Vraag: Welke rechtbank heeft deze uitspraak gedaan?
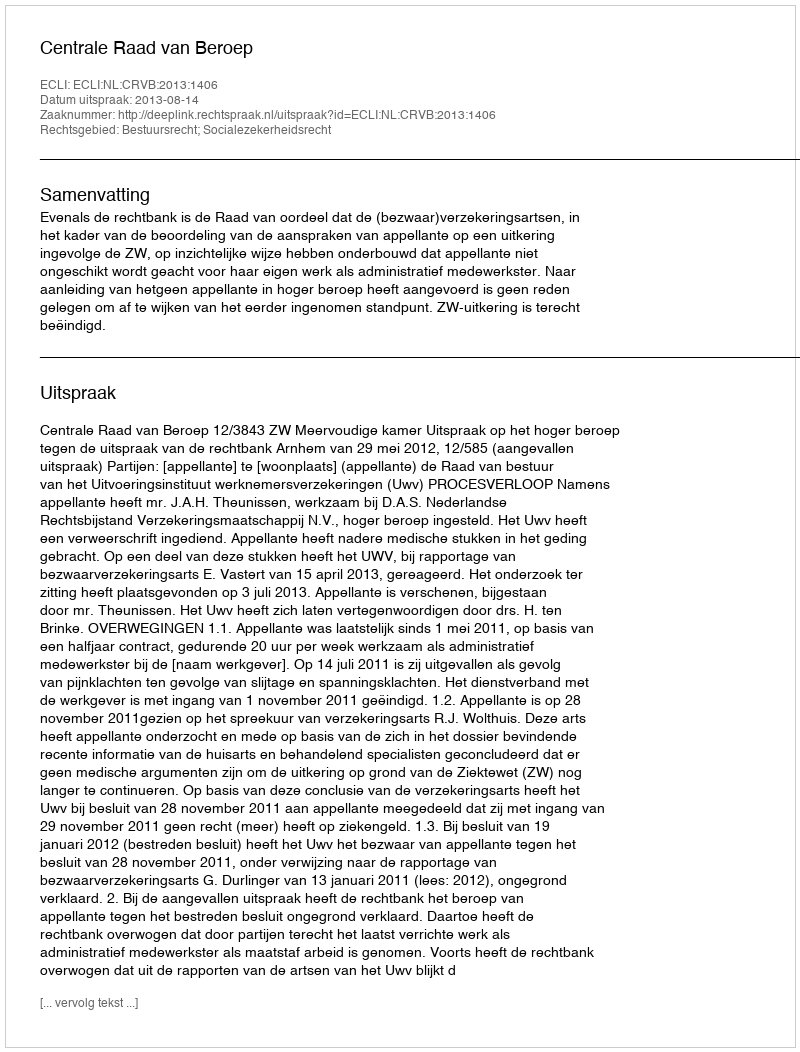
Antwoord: Centrale Raad van Beroep